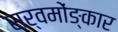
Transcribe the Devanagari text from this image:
सर्वमोंङ्कार